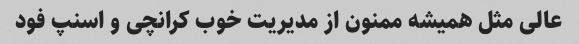
عالی مثل همیشه ممنون از مدیریت خوب کرانچی و اسنپ فود